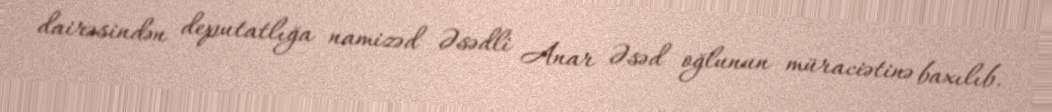
dairəsindən deputatlığa namizəd Əsədli Anar Əsəd oğlunun müraciətinə baxılıb.